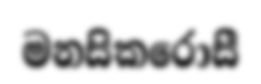
මනසිකරොසී